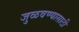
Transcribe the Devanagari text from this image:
जुळवण्यासाठी